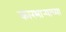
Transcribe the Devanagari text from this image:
कारभार्‍याच्या